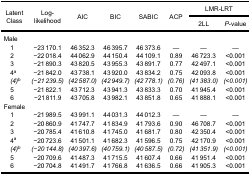
<table><thead><tr><td rowspan="3"><b>LatentClass</b></td><td rowspan="3"><b>Log-likelihood</b></td><td rowspan="3"><b>AIC</b></td><td rowspan="3"><b>BIC</b></td><td rowspan="3"><b>SABIC</b></td><td rowspan="3"><b>ACP</b></td><td colspan="2"><b>LMR-LRT</b></td></tr><tr><td><b>2LL</b></td><td><b><i>P</i>-value</b></td></tr></thead><tbody><tr><td>Male</td><td> </td><td> </td><td> </td><td> </td><td> </td><td> </td><td> </td></tr><tr><td> 1</td><td>−23 170.1</td><td>46 352.3</td><td>46 395.7</td><td>46 373.6</td><td>—</td><td>—</td><td>—</td></tr><tr><td> 2</td><td>−22 018.4</td><td>44 062.9</td><td>44 150.4</td><td>44 109.1</td><td>0.89</td><td>46 723.3</td><td>&lt;0.001</td></tr><tr><td> 3</td><td>−21 890.3</td><td>43 820.5</td><td>43 955.3</td><td>43 891.7</td><td>0.77</td><td>42 497.1</td><td>&lt;0.001</td></tr><tr><td> 4<sup>a</sup></td><td>−21 842.0</td><td>43 738.1</td><td>43 920.0</td><td>43 834.2</td><td>0.75</td><td>42 093.8</td><td>&lt;0.001</td></tr><tr><td> <i>(4)</i><sup>b</sup></td><td><i>(</i>−<i>21 239.5)</i></td><td><i>(42 587.0)</i></td><td><i>(42 949.7)</i></td><td><i>(42 778.1)</i></td><td><i>(0.76)</i></td><td><i>(41 383.0)</i></td><td><i>(&lt;0.001)</i></td></tr><tr><td> 5</td><td>−21 822.1</td><td>43 712.3</td><td>43 941.3</td><td>43 833.3</td><td>0.70</td><td>41 945.4</td><td>&lt;0.001</td></tr><tr><td> 6</td><td>−21 811.9</td><td>43 705.8</td><td>43 982.1</td><td>43 851.8</td><td>0.65</td><td>41 888.1</td><td>&lt;0.001</td></tr><tr><td>Female</td><td> </td><td> </td><td> </td><td> </td><td> </td><td> </td><td> </td></tr><tr><td> 1</td><td>−21 989.5</td><td>43 991.1</td><td>44 031.3</td><td>44 012.3</td><td>—</td><td>—</td><td>—</td></tr><tr><td> 2</td><td>−20 860.9</td><td>41 747.7</td><td>41 834.9</td><td>41 793.6</td><td>0.90</td><td>46 708.7</td><td>&lt;0.001</td></tr><tr><td> 3</td><td>−20 785.4</td><td>41 610.8</td><td>41 745.0</td><td>41 681.7</td><td>0.80</td><td>42 350.4</td><td>&lt;0.001</td></tr><tr><td> 4<sup>a</sup></td><td>−20 723.6</td><td>41 501.1</td><td>41 682.3</td><td>41 596.5</td><td>0.75</td><td>42 170.9</td><td>&lt;0.001</td></tr><tr><td> <i>(4)</i><sup>b</sup></td><td><i>(</i>−<i>20 144.8)</i></td><td><i>(40 397.6)</i></td><td><i>(40 759.1)</i></td><td><i>(40 587.5)</i></td><td><i>(0.72)</i></td><td><i>(41 351.9)</i></td><td><i>(&lt;0.001)</i></td></tr><tr><td> 5</td><td>−20 709.6</td><td>41 487.3</td><td>41 715.5</td><td>41 607.4</td><td>0.66</td><td>41 951.4</td><td>&lt;0.001</td></tr><tr><td> 6</td><td>−20 704.8</td><td>41 491.7</td><td>41 766.8</td><td>41 636.5</td><td>0.66</td><td>41 905.3</td><td>&lt;0.001</td></tr></tbody></table>